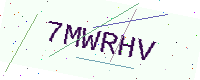
Text: 7MWRHV